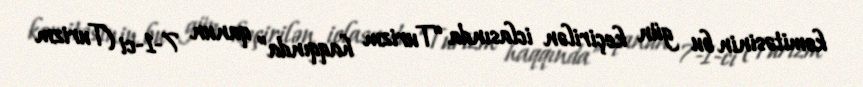
komitəsinin bu gün keçirilən iclasında “Turizm haqqında” qanun 7-1-ci (Turizm